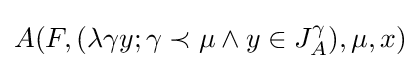
A(F,(\lambda \gamma y;\gamma \prec \mu \land y\in J_{A}^{\gamma }),\mu ,x)